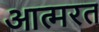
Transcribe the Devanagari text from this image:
आत्मरत